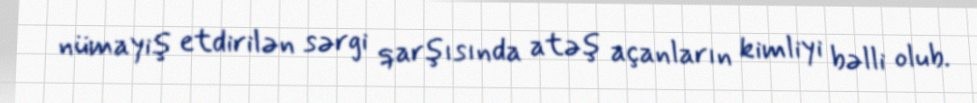
nümayiş etdirilən sərgi qarşısında atəş açanların kimliyi bəlli olub.